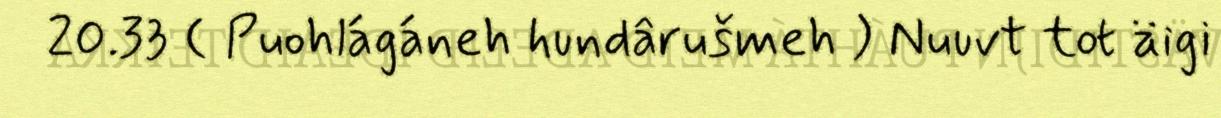
20.33 ( Puohlágáneh hundârušmeh ) Nuuvt tot äigi